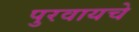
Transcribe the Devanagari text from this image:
पुरवायचे